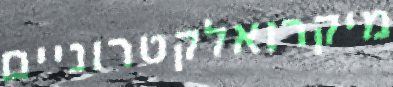
מיקרואלקטרוניים